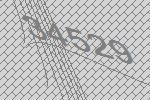
34529